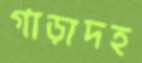
গাড়াদহ